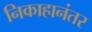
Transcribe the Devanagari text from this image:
निकाहानंतर